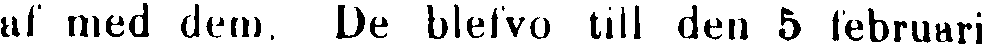
af med dem. De blefvo till den 5 februari